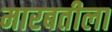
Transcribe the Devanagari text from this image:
मारबतीला